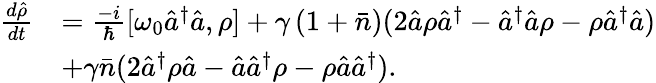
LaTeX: \begin{array}{rl}{\frac{d\hat{\rho}}{dt}}&{=\frac{-i}{\hbar}[\omega_{0}\hat{a}^{\dagger}\hat{a},\rho]+\gamma\left(1+\bar{n}\right)(2\hat{a}\rho\hat{a}^{\dagger}-\hat{a}^{\dagger}\hat{a}\rho-\rho\hat{a}^{\dagger}\hat{a})}\\ &{+\gamma\bar{n}(2\hat{a}^{\dagger}\rho\hat{a}-\hat{a}\hat{a}^{\dagger}\rho-\rho\hat{a}\hat{a}^{\dagger}).}\end{array}